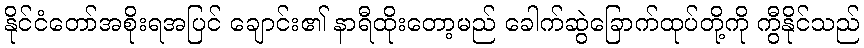
နိုင်ငံတော်အစိုးရအပြင် ချောင်း၏ နာရီထိုးတော့မည် ခေါက်ဆွဲခြောက်ထုပ်တို့ကို ကွီနိုင်သည်